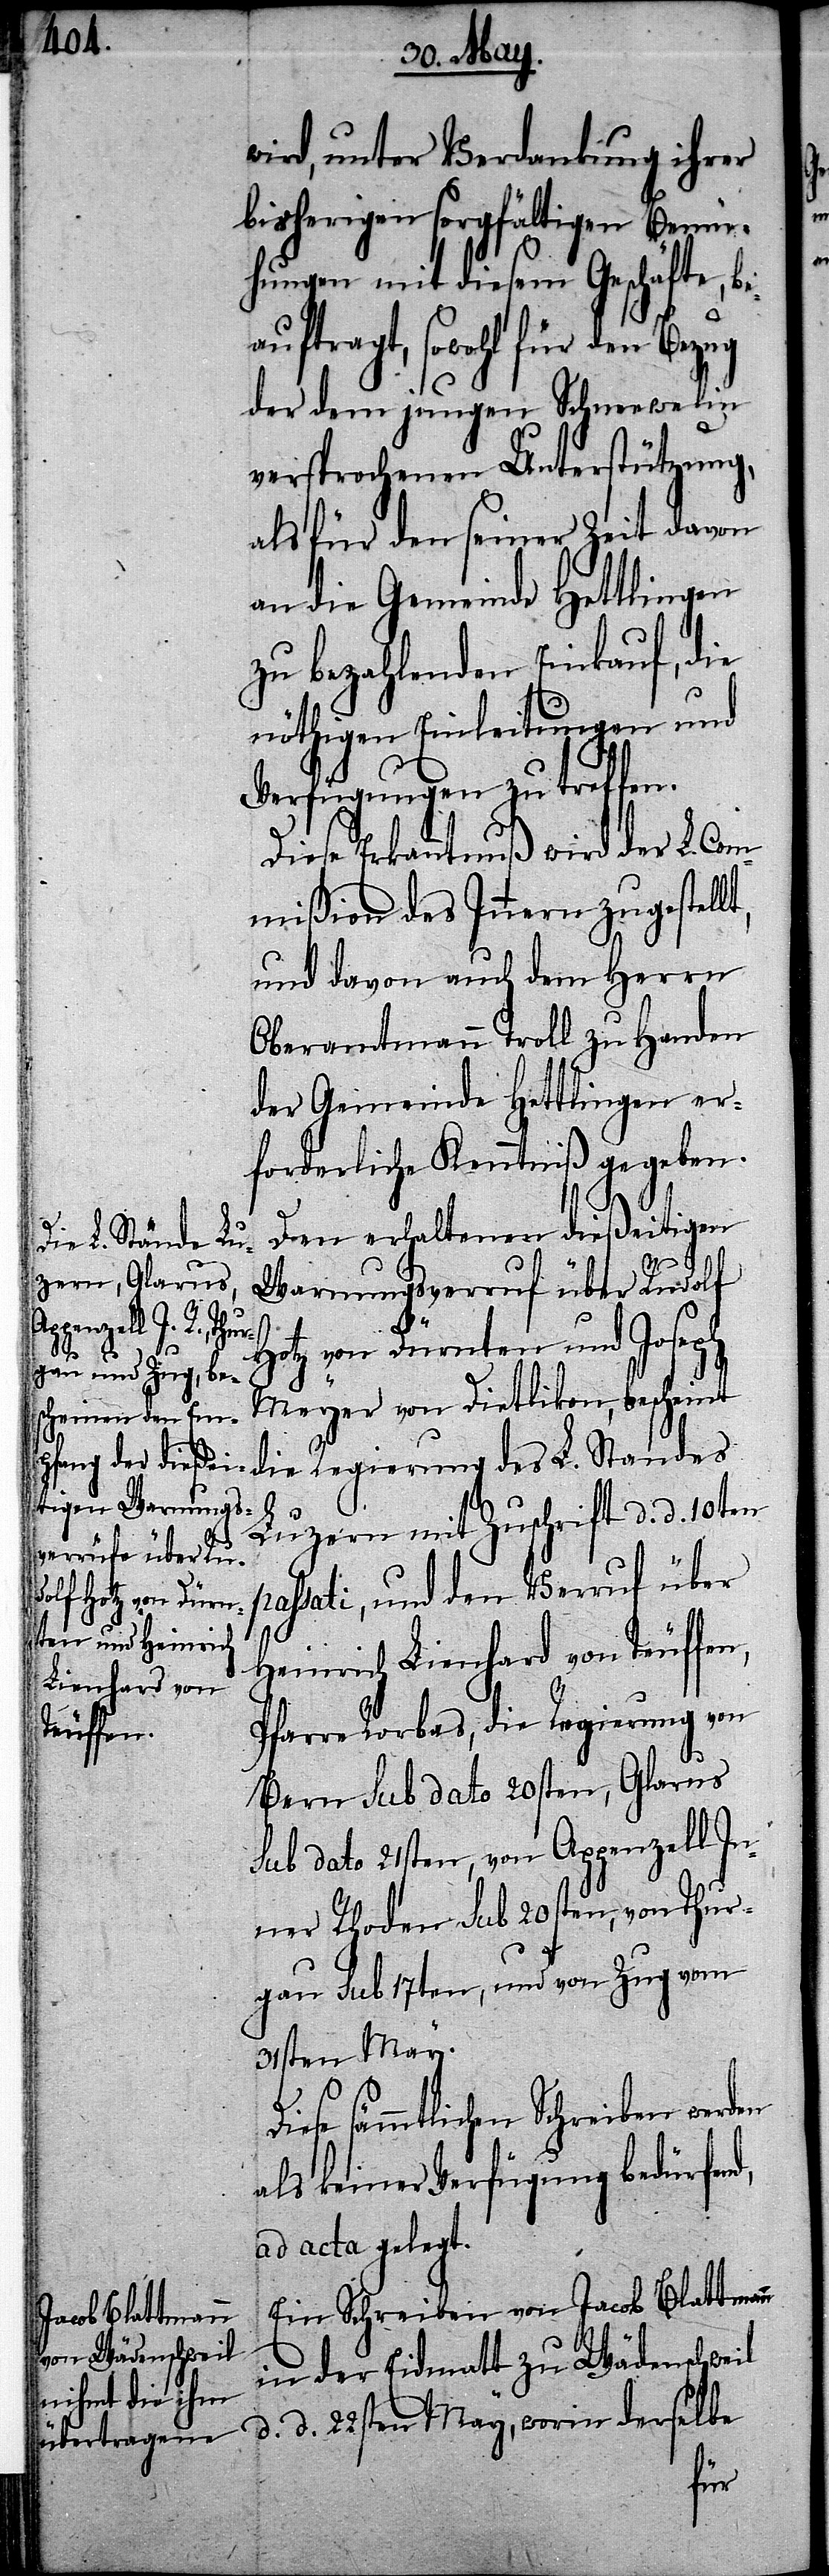
wird, unter Verdankung ihrer
bisherigen sorgfältigen Bemü¬
hungen mit diesem Geschäfte, be¬
auftragt, sowohl für den Bezug
der dem jungen Schneewelin
versprochenen Unterstützung,
als für den seiner Zeit davon
an die Gemeinde Hettlingen
zu bezahlenden Einkauf, die
nöthigen Einleitungen und
Verfügungen zu treffen.
Diese Erkanntnuß wird der L. Co¬
mmißion des Innern zugestellt,
und davon auch dem Herrn
Oberamtmann Troll zu Handen
der Gemeinde Hettlingen er¬
forderliche Kenntniß gegeben.
Den erhaltenen dießeitigen
Warnungsverruf über Rudolf
p¬
Hotz von Dürnten und Joseph
Meyer von Dietlikon, bescheint
die Regierung des L. Standes
D¬
Luzern mit Zuschrift d. d. 10ten
assati, und den Verruf über
Heinrich Lienhard von Teuffen,
Pfarre Rorbas, die Regierung von
Bern sub dato 20sten, von
gau sub 17ten, und von Zug vom
31sten May.
iese sämmtlichen Schreiben werden
als keiner Verfügung bedürfend,
ad acta gelegt.
Ein Schreiben von Jacob Blattmann
in der Eidmatt zu Wädenschweil
d. d. 22sten May, worin derselbe
Thur¬